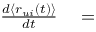
\begin{array} { r l } { \frac { d \langle r _ { u i } ( t ) \rangle } { d t } } & { { } = } \end{array}